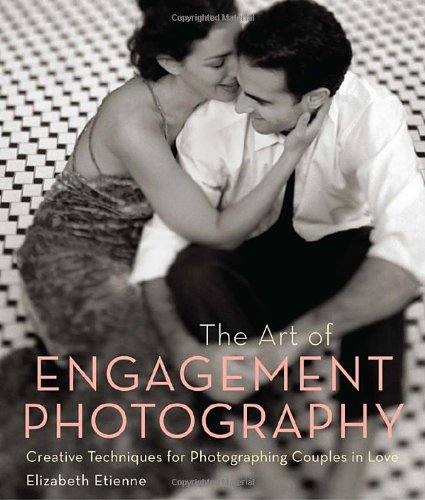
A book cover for The Art of Engagement Photography: Creative Techniques for Photographing Couples in Love; Elizabeth Etienne; Crafts, Hobbies & Home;